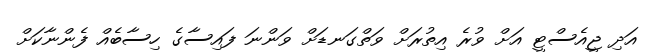
އަދި ޖީއެސްޓީ އަށް ވުރެ އިތުރަށް ވަތްގަނޑަށް ވަންނަ ފައިސާގެ ހިސާބެއް ފެންނާކަށް